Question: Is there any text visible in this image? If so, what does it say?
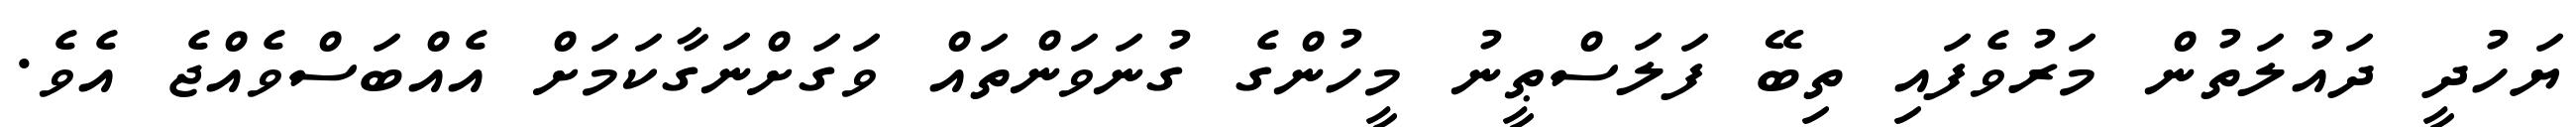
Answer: ޔަހުދީ ދައުލަތުން މަރުވެފައި ތިބޭ ފަލަސްޠީނު މީހުންގެ ގުނަވަންތައް ވަގަށްނަގާކަމަށް އެއްބަސްވެއްޖެ އެވެ.